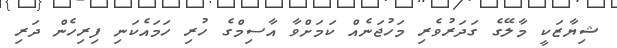
ޝިޔާޒަކީ މާލޭގެ ގަދަރުވެރި މަހުޖަނެއް ކަމަށްވާ އާސިމްގެ ހުރި ހަމައެކަނި ފިރިހެން ދަރި